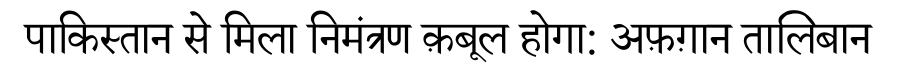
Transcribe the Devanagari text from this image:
पाकिस्तान से मिला निमंत्रण क़बूल होगा: अफ़ग़ान तालिबान